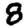
Digit: 8